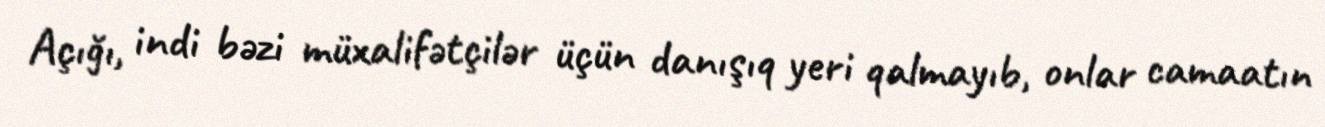
Açığı, indi bəzi müxalifətçilər üçün danışıq yeri qalmayıb, onlar camaatın